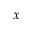
x